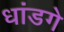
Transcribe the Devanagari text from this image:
धांडगे